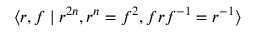
\langle r , f \mid r ^ { 2 n } , r ^ { n } = f ^ { 2 } , f r f ^ { - 1 } = r ^ { - 1 } \rangle